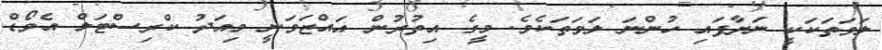
ލަވަތަކަކީ ނަށާފައި ހުންނަ ލަވަތަކެވެ. މީގެ އިތުރުން އައްޒަވަނީ މިއަދު ކްރިސްޓަލް އެވޯޑް